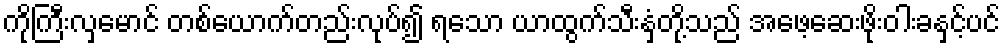
ကိုကြီးလှမောင် တစ်ယောက်တည်းလုပ်၍ ရသော ယာထွက်သီးနှံတို့သည် အဖေ့ဆေးဖိုးဝါးခနှင့်ပင်